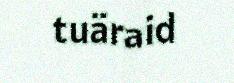
tuäraid